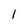
Character: 1